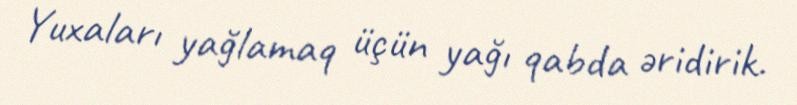
Yuxaları yağlamaq üçün yağı qabda əridirik.